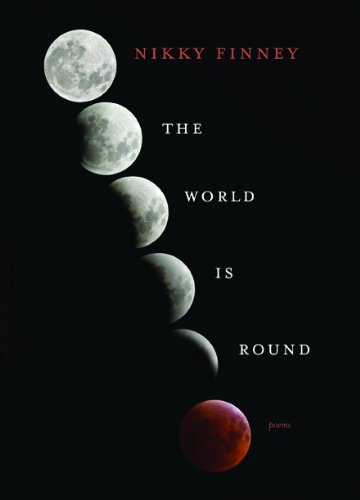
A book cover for The World Is Round: Poems; Nikky Finney; Literature & Fiction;